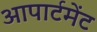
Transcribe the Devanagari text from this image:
आपार्टमेंट